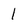
Character: 1